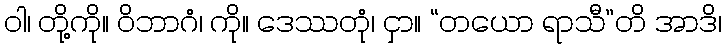
ဝါ၊ တို့ကို။ ဝိဘာဂံ၊ ကို။ ဒေဿတုံ၊ ငှာ။ “တယော ရာသီ”တိ အာဒိ၊